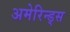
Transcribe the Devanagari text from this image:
अमेरिन्ड्स